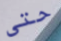
حتى